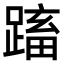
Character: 𨃕